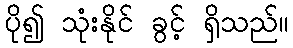
ပို၍ သုံးနိုင် ခွင့် ရှိသည်။